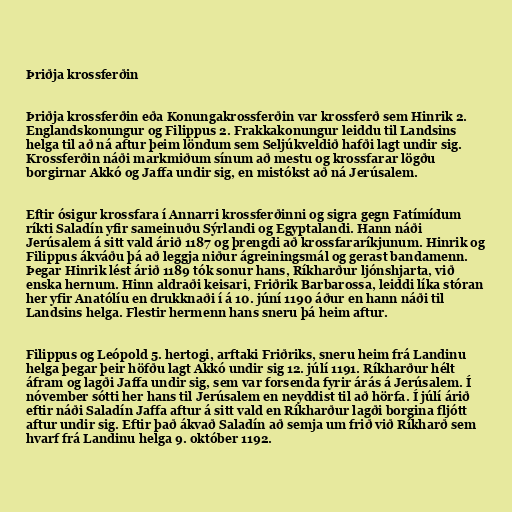
Þriðja krossferðin

Þriðja krossferðin eða Konungakrossferðin var krossferð sem Hinrik 2.
Englandskonungur og Filippus 2. Frakkakonungur leiddu til Landsins
helga til að ná aftur þeim löndum sem Seljúkveldið hafði lagt undir sig.
Krossferðin náði markmiðum sínum að mestu og krossfarar lögðu
borgirnar Akkó og Jaffa undir sig, en mistókst að ná Jerúsalem.

Eftir ósigur krossfara í Annarri krossferðinni og sigra gegn Fatímídum
ríkti Saladín yfir sameinuðu Sýrlandi og Egyptalandi. Hann náði
Jerúsalem á sitt vald árið 1187 og þrengdi að krossfararíkjunum. Hinrik og
Filippus ákváðu þá að leggja niður ágreiningsmál og gerast bandamenn.
Þegar Hinrik lést árið 1189 tók sonur hans, Ríkharður ljónshjarta, við
enska hernum. Hinn aldraði keisari, Friðrik Barbarossa, leiddi líka stóran
her yfir Anatólíu en drukknaði í á 10. júní 1190 áður en hann náði til
Landsins helga. Flestir hermenn hans sneru þá heim aftur.

Filippus og Leópold 5. hertogi, arftaki Friðriks, sneru heim frá Landinu
helga þegar þeir höfðu lagt Akkó undir sig 12. júlí 1191. Ríkharður hélt
áfram og lagði Jaffa undir sig, sem var forsenda fyrir árás á Jerúsalem. Í
nóvember sótti her hans til Jerúsalem en neyddist til að hörfa. Í júlí árið
eftir náði Saladín Jaffa aftur á sitt vald en Ríkharður lagði borgina fljótt
aftur undir sig. Eftir það ákvað Saladín að semja um frið við Ríkharð sem
hvarf frá Landinu helga 9. október 1192.